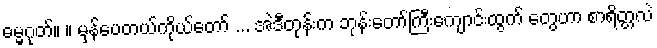
ဓမ္မဂုတ်။ ။ မှန်ပေတယ်ကိုယ်တော် ... အဲဒီတုန်းက ဘုန်းတော်ကြီးကျောင်းထွက် တွေဟာ စာရိတ္တလဲ